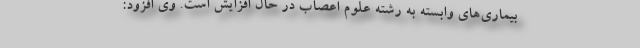
بیماری‌های وابسته به رشته علوم اعصاب در حال افزایش است. وی افزود: